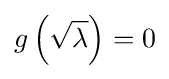
g\left({\sqrt {\lambda }}\right)=0